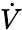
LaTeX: \dot{V}